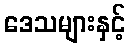
ဒေသများနှင့်